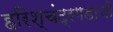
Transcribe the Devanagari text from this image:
हरिश्चंद्रगडाची